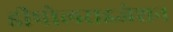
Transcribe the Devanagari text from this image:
डीपोलराइजेशन